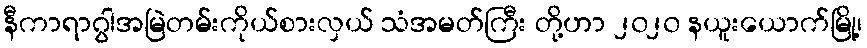
နီကာရာဂွါအမြဲတမ်းကိုယ်စားလှယ် သံအမတ်ကြီး တို့ဟာ ၂၀၂၀ နယူးယောက်မြို့၊